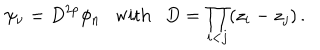
\psi _ { \nu } = D ^ { 2 p } \phi _ { n } \ \ \ \mathrm { w i t h } \ \ \ D = \prod _ { i < j } ( z _ { i } - z _ { j } ) \, .